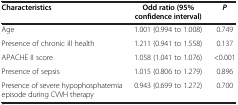
<table><thead><tr><td><b>Characteristics</b></td><td><b>Odd ratio (95% confidence interval)</b></td><td><b><i>P</i></b></td></tr></thead><tbody><tr><td>Age</td><td>1.001 (0.994 to 1.008)</td><td>0.749</td></tr><tr><td>Presence of chronic ill health</td><td>1.211 (0.941 to 1.558)</td><td>0.137</td></tr><tr><td>APACHE II score</td><td>1.058 (1.041 to 1.076)</td><td>&lt;0.001</td></tr><tr><td>Presence of sepsis</td><td>1.015 (0.806 to 1.279)</td><td>0.896</td></tr><tr><td>Presence of severe hypophosphatemia episode during CVVH therapy</td><td>0.943 (0.699 to 1.272)</td><td>0.700</td></tr></tbody></table>